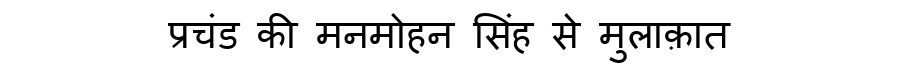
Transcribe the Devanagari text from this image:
प्रचंड की मनमोहन सिंह से मुलाक़ात